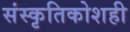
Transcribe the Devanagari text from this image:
संस्कृतिकोशही